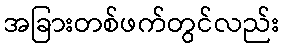
အခြားတစ်ဖက်တွင်လည်း